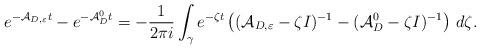
LaTeX: \begin{align*}e^{-\mathcal{A}_{D,\varepsilon}t}-e^{-\mathcal{A}_D^0t}=-\frac{1}{2\pi i}\int _\gamma e^{-\zeta t}\left((\mathcal{A}_{D,\varepsilon}-\zeta I)^{-1}-(\mathcal{A}_D^0 -\zeta I)^{-1}\right)\,d\zeta .\end{align*}